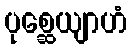
ပုစ္ဆေယျာဟံ